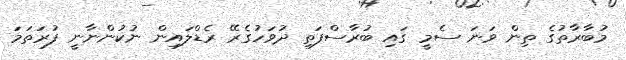
މުބާރާތުގެ ތިން ވަނަ ސެމީ ގައި ބުރާސްފަތި ދުވަހުގެރޭ ރެޑްލައިން ނުކުންނާނީ ފުރަތަމަ